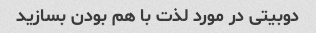
دوبیتی در مورد لذت با هم بودن بسازید